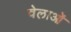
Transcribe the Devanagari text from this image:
वेलाओं